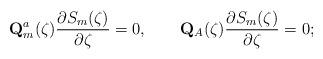
LaTeX: \begin{align*}\mathbf{Q}_m^a(\zeta) \frac{\partial S_m(\zeta)}{\partial \zeta} = 0,\qquad\mathbf{Q}_A(\zeta) \frac{\partial S_m(\zeta)}{\partial \zeta} = 0;\end{align*}